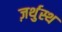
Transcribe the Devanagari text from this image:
ज़र्थुस्थ